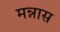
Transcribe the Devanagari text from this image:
मन्नास